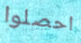
احصلوا